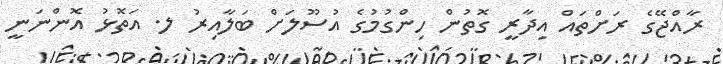
ރާއްޖޭގެ ރަށްތައް އިދާރީ ގޮތުން ހިންގުމުގެ އުސޫލަށް ބަލާއިރު ލ. އަތޮޅު އޮންނަނީ